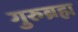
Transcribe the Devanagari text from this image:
गुरुब्रह्म